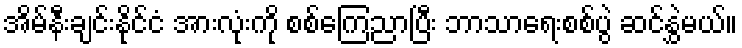
အိမ်နီးချင်းနိုင်ငံ အားလုံးကို စစ်ကြေညာပြီး ဘာသာရေးစစ်ပွဲ ဆင်နွှဲမယ်။